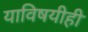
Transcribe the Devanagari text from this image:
याविषयीही